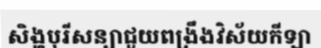
សិង្ហបុរីសន្យាជួយពង្រឹងវិស័យកីឡា